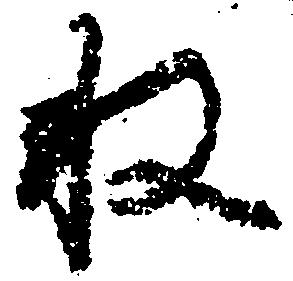
収